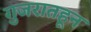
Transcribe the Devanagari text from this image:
गुजरातहून